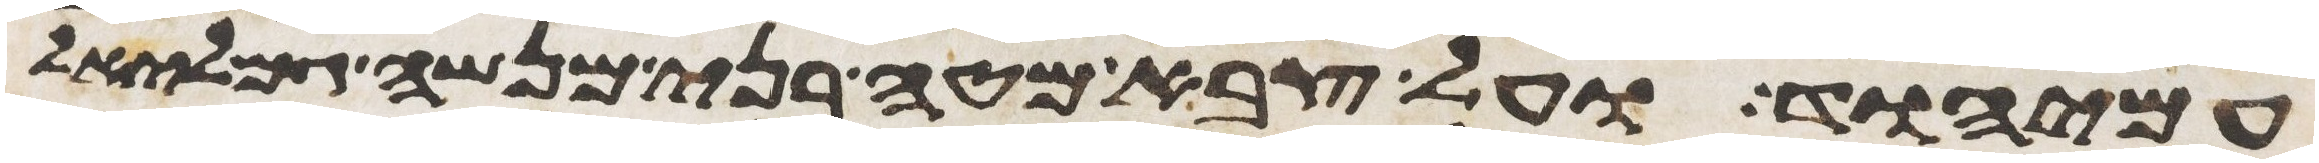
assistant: עמיהוד ועל צבא מטה בני מנשה גמלאל